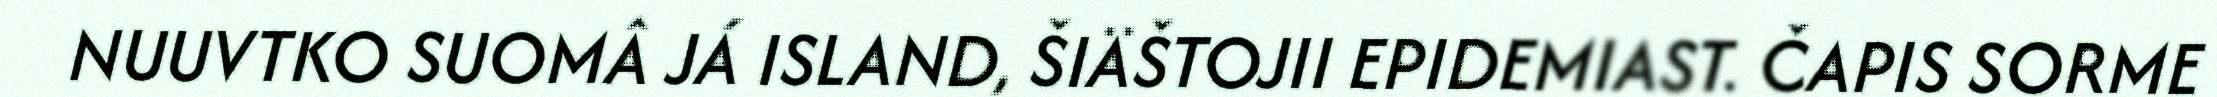
NUUVTKO SUOMÂ JÁ ISLAND, ŠIÄŠTOJII EPIDEMIAST. ČAPIS SORME